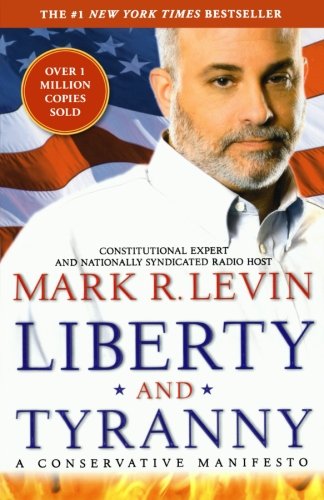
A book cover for Liberty and Tyranny: A Conservative Manifesto; Mark R. Levin; Politics & Social Sciences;